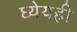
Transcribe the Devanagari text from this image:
ध्येयही